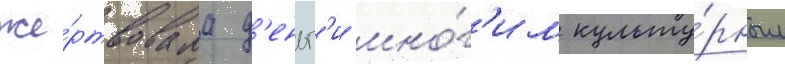
же́ртвовала д'еньг'и мно́г'им культу́рным